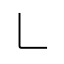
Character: ㇄